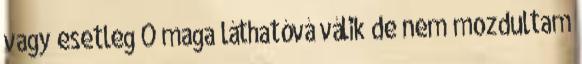
vagy esetleg Ő maga láthatóvá válik de nem mozdultam